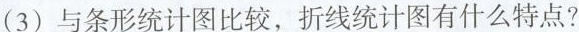
(3)与条形统计图比较，折线统计图有什么特点?